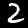
Label: 2